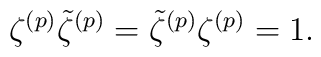
\zeta^{(p)} \tilde{\zeta}^{(p)} = \tilde{\zeta}^{(p)} \zeta^{(p)} = 1.